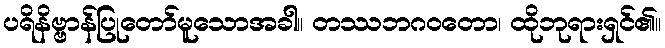
ပရိနိဗ္ဗာန်ပြုတော်မူသောအခါ။ တဿဘဂဝတော၊ ထိုဘုရားရှင်၏။